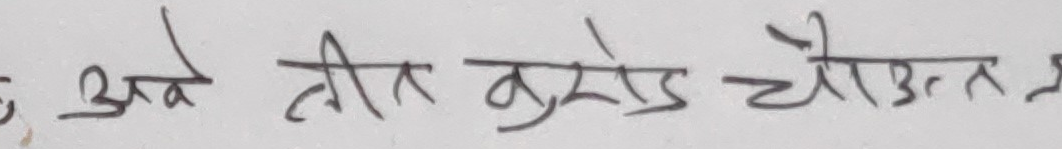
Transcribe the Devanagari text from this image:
अवे तीन करोड चौउन्न रु